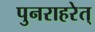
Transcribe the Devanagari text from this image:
पुनराहरेत्